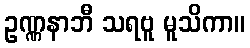
ဥဏ္ဏနာဘီ သရဗူ မူသိကာ။